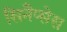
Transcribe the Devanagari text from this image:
सिनैप्सेस